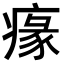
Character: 𤸁